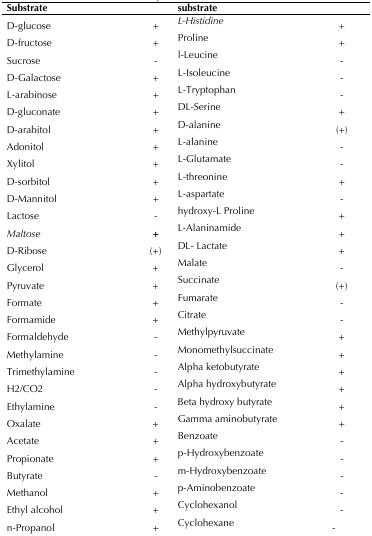
<table><thead><tr><td><b>Substrate</b></td><td></td><td><b>Substrate</b></td><td></td></tr></thead><tbody><tr><td>D-glucose</td><td>+</td><td><i>L-Histidine</i></td><td><i>+</i></td></tr><tr><td>D-fructose</td><td>+</td><td>Proline</td><td>+</td></tr><tr><td>Sucrose</td><td>-</td><td>l-Leucine</td><td>-</td></tr><tr><td>D-Galactose</td><td>+</td><td>L-Isoleucine</td><td>-</td></tr><tr><td>L-arabinose</td><td>+</td><td>L-Tryptophan</td><td>-</td></tr><tr><td>D-gluconate</td><td>+</td><td>DL-Serine</td><td>+</td></tr><tr><td>D-arabitol</td><td>+</td><td>D-alanine</td><td>(+)</td></tr><tr><td>Adonitol</td><td>+</td><td>L-alanine</td><td>-</td></tr><tr><td>Xylitol</td><td>+</td><td>L-Glutamate</td><td>-</td></tr><tr><td>D-sorbitol</td><td>+</td><td>L-threonine</td><td>+</td></tr><tr><td>D-Mannitol</td><td>+</td><td>L-aspartate</td><td>-</td></tr><tr><td>Lactose</td><td>-</td><td>hydroxy-L Proline</td><td>+</td></tr><tr><td><i>Maltose</i></td><td><b><i>+</i></b></td><td>L-Alaninamide</td><td>+</td></tr><tr><td>D-Ribose</td><td>(+)</td><td>DL- Lactate</td><td>+</td></tr><tr><td>Glycerol</td><td>+</td><td>Malate</td><td>-</td></tr><tr><td>Pyruvate</td><td>+</td><td>Succinate</td><td>(+)</td></tr><tr><td>Formate</td><td>+</td><td>Fumarate</td><td>-</td></tr><tr><td>Formamide</td><td>+</td><td>Citrate</td><td>-</td></tr><tr><td>Formaldehyde</td><td>-</td><td>Methylpyruvate</td><td>+</td></tr><tr><td>Methylamine</td><td>-</td><td>Monomethylsuccinate</td><td>+</td></tr><tr><td>Trimethylamine</td><td>-</td><td>Alpha ketobutyrate</td><td>+</td></tr><tr><td>H2/CO2</td><td>-</td><td>Alpha hydroxybutyrate</td><td>+</td></tr><tr><td>Ethylamine</td><td>-</td><td>Beta hydroxy butyrate</td><td>+</td></tr><tr><td>Oxalate</td><td>+</td><td>Gamma aminobutyrate</td><td>+</td></tr><tr><td>Acetate</td><td>+</td><td>Benzoate</td><td>-</td></tr><tr><td>Propionate</td><td>+</td><td>p-Hydroxybenzoate</td><td>-</td></tr><tr><td>Butyrate</td><td>-</td><td>m-Hydroxybenzoate</td><td>-</td></tr><tr><td>Methanol</td><td>+</td><td>p-Aminobenzoate</td><td>-</td></tr><tr><td>Ethyl alcohol</td><td>+</td><td>Cyclohexanol</td><td>-</td></tr><tr><td>n-Propanoln-Butyl alcohol</td><td>+-</td><td>Cyclohexanecarboxylate</td><td>-</td></tr></tbody></table>